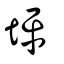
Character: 坪